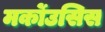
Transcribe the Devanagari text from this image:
मर्कोउसिस